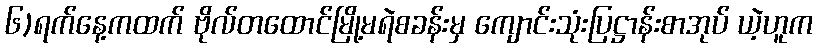
၆)ရက်နေ့ကထက် ဗိုလ်တထောင်မြို့မရဲစခန်းမှ ကျောင်းသုံးပြဋ္ဌာန်းစာအုပ် ယဲ့ဟူက